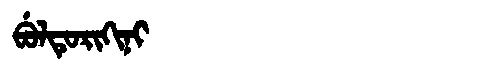
Manchu: ᠪᡠᠯᡨᡠᡵᡳᡴᡳᠨᡳ
Romanization: BULTURIKINI